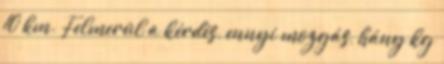
10 km. Felmerül a kérdés, ennyi mozgás, hány kg